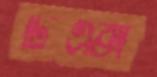
টিএক্স